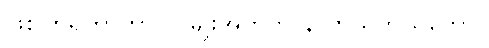
ဖြစ်ကြရတာဟာ လူမျိုးအတွက် နာတယ်ကိုယ်တော်။